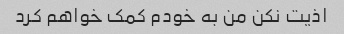
اذیت نکن من به خودم کمک خواهم کرد